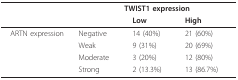
|  | <COLSPAN=3> TWIST1 expression |
 |  |  | Low | High |
 | --- | --- | --- | --- |
 | ARTN expression | Negative | 14 (40%) | 21 (60%) |
 |  | Weak | 9 (31%) | 20 (69%) |
 |  | Moderate | 3 (20%) | 12 (80%) |
 |  | Strong | 2 (13.3%) | 13 (86.7%) |